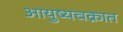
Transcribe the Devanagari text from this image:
आयुष्यचक्रात